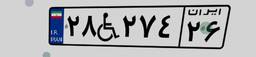
۲۸W۲۷۴۲۶